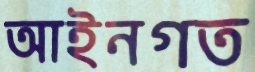
আইনগত